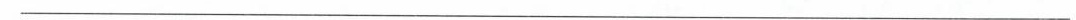
___